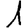
Digit: 1